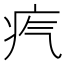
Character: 𤴸